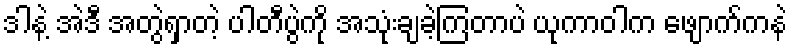
ဒါနဲ့ အဲဒီ အတွဲရှာတဲ့ ပါတီပွဲကို အသုံးချခဲ့ကြတာပဲ ယုကာဝါက ဖျောက်ကနဲ